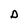
Character: D